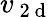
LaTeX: v_{\mathrm{~2~d~}}